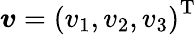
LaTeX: \boldsymbol{v}=\left(v_{1},v_{2},v_{3}\right)^{\mathrm{T}}